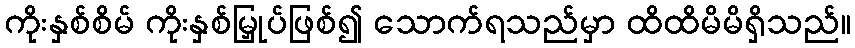
ကိုးနှစ်စိမ် ကိုးနှစ်မြှုပ်ဖြစ်၍ သောက်ရသည်မှာ ထိထိမိမိရှိသည်။